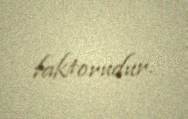
faktorudur.